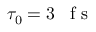
\tau _ { 0 } = 3 \mathrm { ~ \, ~ f ~ s ~ }